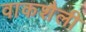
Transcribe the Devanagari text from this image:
वाकशैली